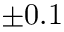
\pm 0 . 1